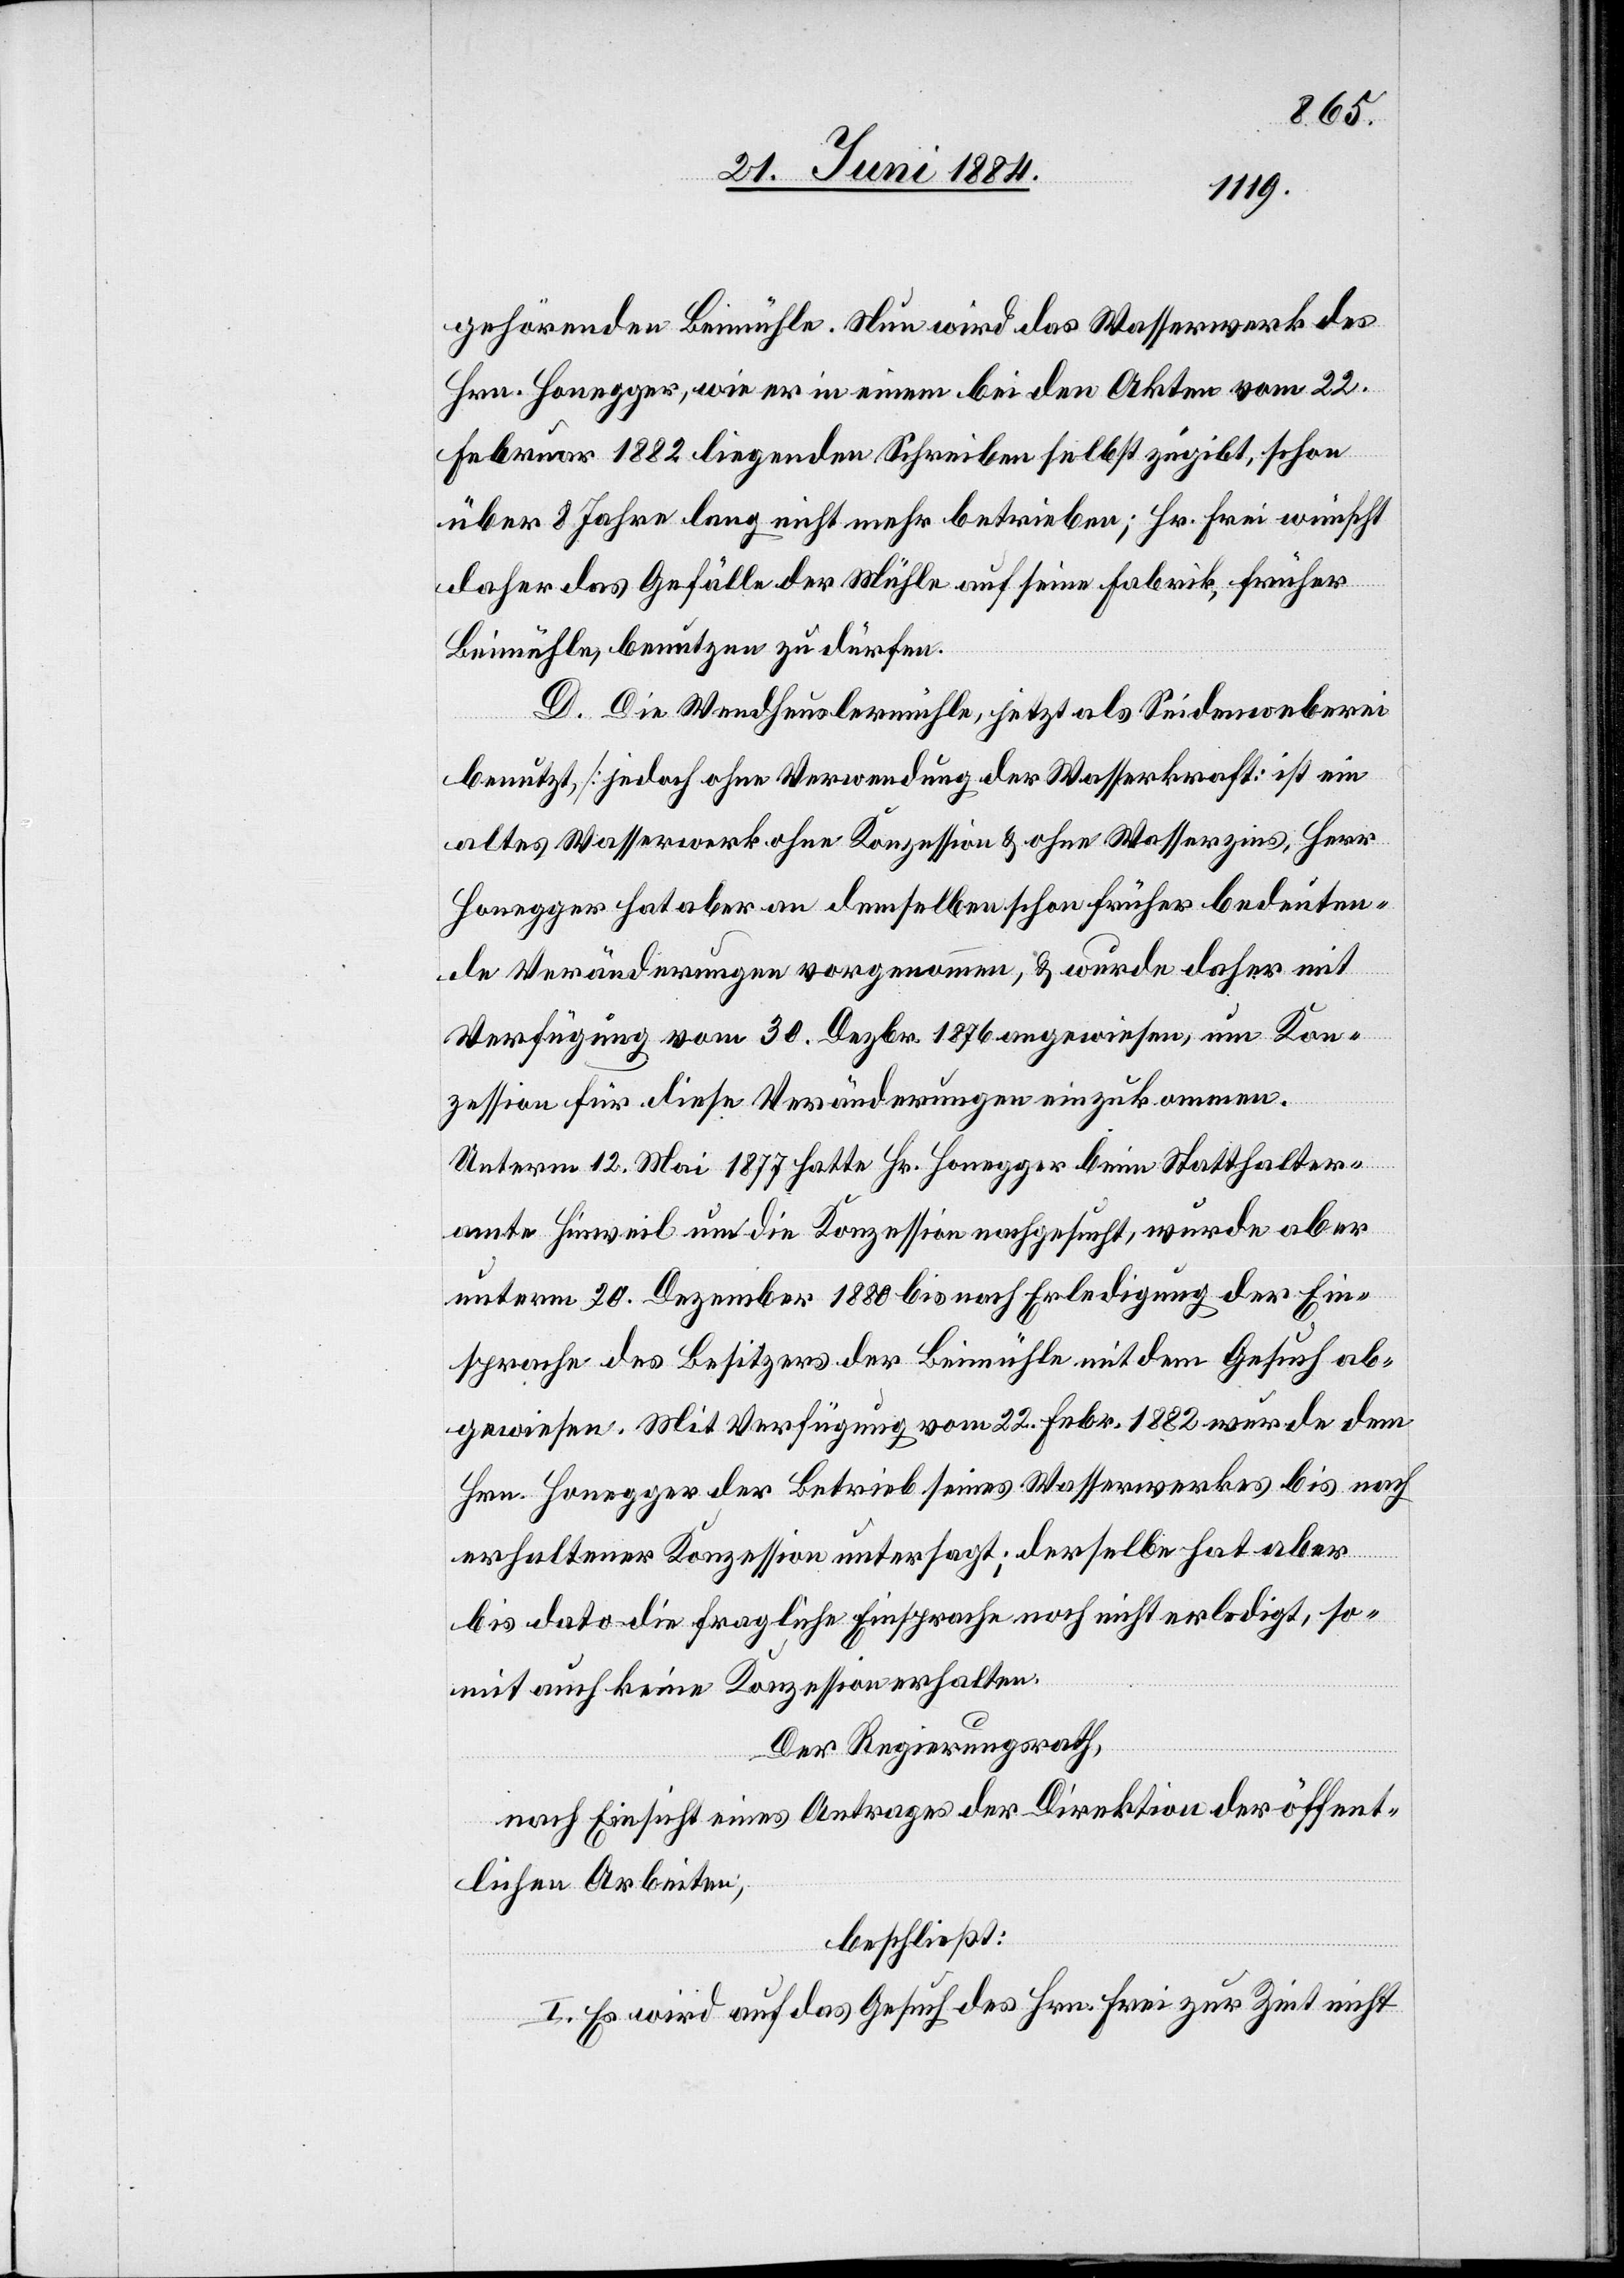
gehörenden Beimühle. Nun wird das Wasserwerk des
Hrn. Honegger, wie er in einem bei den Akten vom 22.
Februar 1882 liegenden Schreiben selbst zugibt, schon
über 8 Jahre lang nicht mehr betrieben; Hr. Frei wünscht
daher das Gefälle der Mühle auf seine Fabrik, früher
Beimühle, benutzen zu dürfen.
D. Die Wendheuslenmühle, jetzt als Seidenweberei
benutzt, [jedoch ohne Verwendung der Wasserkraft] ist ein
altes Wasserwerk ohne Konzession & ohne Wasserzins, Herr
Honegger hat aber an demselben schon früher bedeuten¬
de Veränderungen vorgenommen, & wurde daher mit
Verfügung vom 30. Dezbr. 1876 angewiesen um Kon¬
zession für diese Veränderungen einzukommen.
Unterm 12. Mai 1877 hatte Hr. Honegger beim Statthalter¬
amte Hinweil um die Konzession nachgesucht, wurde aber
unterm 20. Dezember 1880 bis nach Erledigung der Ein¬
sprache des Besitzers der Beimühle mit dem Gesuch ab¬
gewiesen. Mit Verfügung vom 22. Febr. 1882 wurde dem
Hrn. Honegger der Betrieb seines Wasserwerkes bis nach
erhaltener Konzession untersagt; derselbe hat aber
bis dato die fragliche Einsprache noch nicht erledigt, so¬
mit auch keine Konzession erhalten.
Der Regierungsrath,
nach Einsicht eines Antrages der Direktion der öffent¬
lichen Arbeiten,
beschließt:
I. Es wird auf das Gesuch des Hrn. Frei zur Zeit nicht